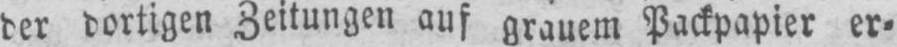
der dortigen Zeitungen auf grauem Packpapier er⸗